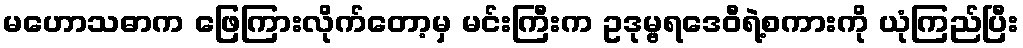
မဟောသဓာက ဖြေကြားလိုက်တော့မှ မင်းကြီးက ဥဒုမ္ဗရဒေဝီရဲ့စကားကို ယုံကြည်ပြီး